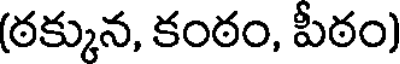
(ఠక్కున, కంఠం, పీఠం)